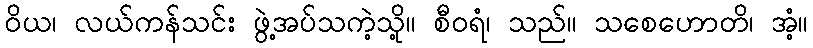
ဝိယ၊ လယ်ကန်သင်း ဖွဲ့အပ်သကဲ့သို့။ စီဝရံ၊ သည်။ သစေဟောတိ၊ အံ့။